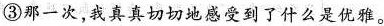
③那一次，我真真切切地感受到了什么是优雅。